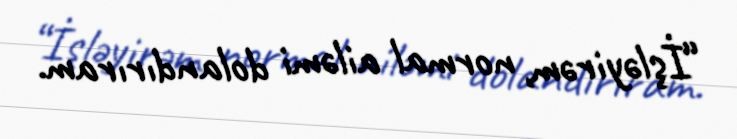
“İşləyirəm, normal ailəmi dolandırıram.